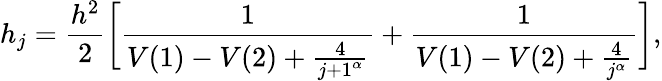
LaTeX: h_{j}=\frac{h^{2}}{2}\bigg[\frac{1}{V(1)-V(2)+\frac{4}{{j+1}^{\alpha}}}+\frac{1}{V(1)-V(2)+\frac{4}{{j}^{\alpha}}}\bigg],